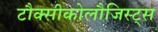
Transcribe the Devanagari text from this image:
टौक्सीकोलौजिस्ट्स